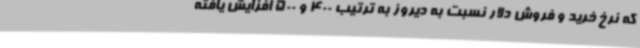
که نرخ خرید و فروش دلار نسبت به دیروز به ترتیب 400 و 500 افزایش یافته